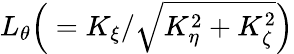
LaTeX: L_{\theta}\Big(=K_{\xi}/\sqrt{K_{\eta}^{2}+K_{\zeta}^{2}}\Big)